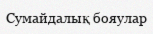
Сумайдалық бояулар